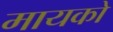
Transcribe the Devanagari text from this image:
मायको